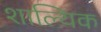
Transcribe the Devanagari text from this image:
शाल्यिक